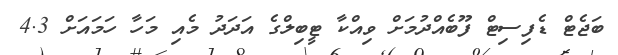
ބަޖެޓް ޑެފިސިޓް ފޫބެއްދުމަށް ވިއްކާ ޓީބިލްގެ އަދަދު މެއި މަހާ ހަމައަށް 4.3